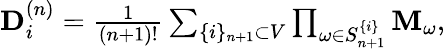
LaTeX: \begin{array}{r}{\mathbf{D}_{i}^{\left(n\right)}=\frac{1}{\left(n+1\right)!}\sum_{\{ i\} _{n+1}\subset V}\prod_{\omega\in S_{n+1}^{\{ i\} }}\mathbf{M}_{\omega},}\end{array}